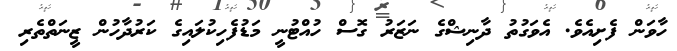
ހާވަން ފެށިއެވެ. އެވަގުތު ދާނިޝްގެ ނަޒަރު ގޮސް ހުއްޓުނީ މަޑުފެހިކުލައިގެ ކަރުދާހުން ޒީނަތްތެރި